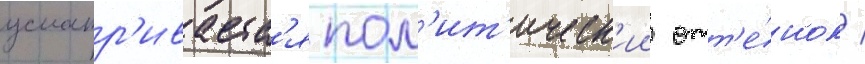
усматр'иваетс'я пол'ит'ическ'ии отт'е́нок /